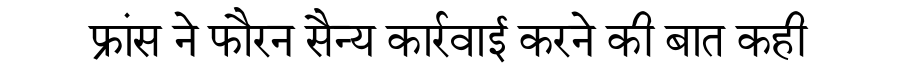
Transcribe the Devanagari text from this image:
फ्रांस ने फौरन सैन्य कार्रवाई करने की बात कही